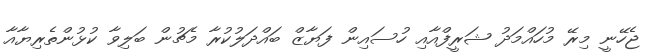
ޖެހޭނީ މިރޭ މުހައްމަދު ޝަރީފްއާއި ހުސައިން ފަޔާޒް ބައްދަލުކުރާ މެޗުން ބަލިވާ ކުޅުންތެރިޔާއާ